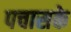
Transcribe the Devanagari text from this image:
पचासके